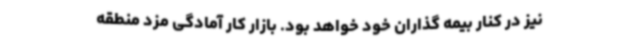
نیز در کنار بیمه گذاران خود خواهد بود. بازار کار آمادگی مزد منطقه